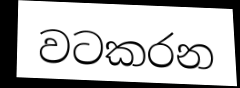
වටකරන